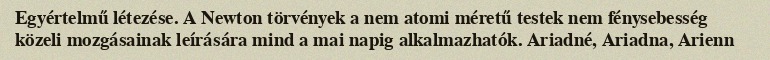
Egyértelmű létezése. A Newton törvények a nem atomi méretű testek nem fénysebesség közeli mozgásainak leírására mind a mai napig alkalmazhatók. Ariadné, Ariadna, Arienn